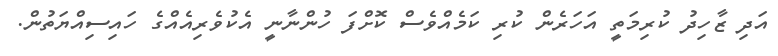
އަދި ޒާހިދު ކުރިމަތީ އަހަރެން ކުރި ކަމެއްވެސް ކޮށްފަ ހުންނާނީ އެކުވެރިއެއްގެ ހައިސިއްޔަތުން.